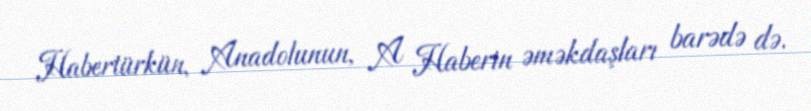
Habertürkün, Anadolunun, A Haberin əməkdaşları barədə də.